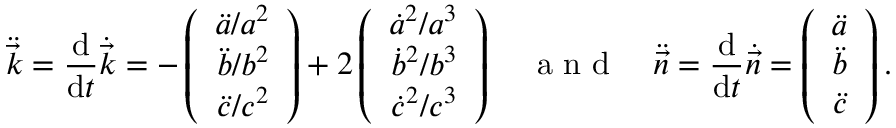
\ddot { \vec { k } } = \frac { \mathrm { d } } { \mathrm { d } t } \dot { \vec { k } } = - \left( \begin{array} { r } { \ddot { a } / a ^ { 2 } } \\ { \ddot { b } / b ^ { 2 } } \\ { \ddot { c } / c ^ { 2 } } \end{array} \right) + 2 \left( \begin{array} { r } { { \dot { a } } ^ { 2 } / a ^ { 3 } } \\ { { \dot { b } } ^ { 2 } / b ^ { 3 } } \\ { { \dot { c } } ^ { 2 } / c ^ { 3 } } \end{array} \right) \enspace \enspace \mathrm { ~ a ~ n ~ d ~ } \enspace \enspace \ddot { \vec { n } } = \frac { \mathrm { d } } { \mathrm { d } t } \dot { \vec { n } } = \left( \begin{array} { r } { \ddot { a } } \\ { \ddot { b } } \\ { \ddot { c } } \end{array} \right) .